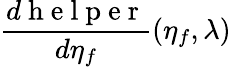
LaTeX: \frac{d\mathrm{~h~e~l~p~e~r~}}{d\eta_{f}}(\eta_{f},\lambda)